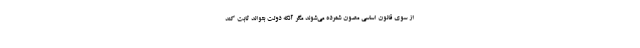
از سوی قانون اساسی مصون شمرده می‌شوند مگر آنکه دولت بتواند ثابت کند